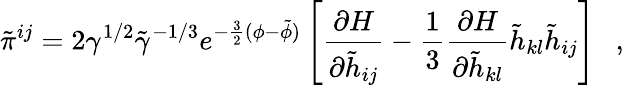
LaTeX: \tilde{\pi}^{ij}=2\gamma^{1/2}\tilde{\gamma}^{-1/3}e^{-\frac{3}{2}(\phi-\tilde{\phi})}\left[\frac{\partial H}{\partial\tilde{h}_{ij}}-\frac{1}{3}\frac{\partial H}{\partial\tilde{h}_{kl}}\tilde{h}_{kl}\tilde{h}_{ij}\right]~~~,